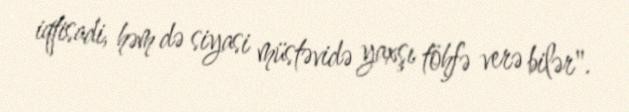
iqtisadi, həm də siyasi müstəvidə yaxşı töhfə verə bilər".